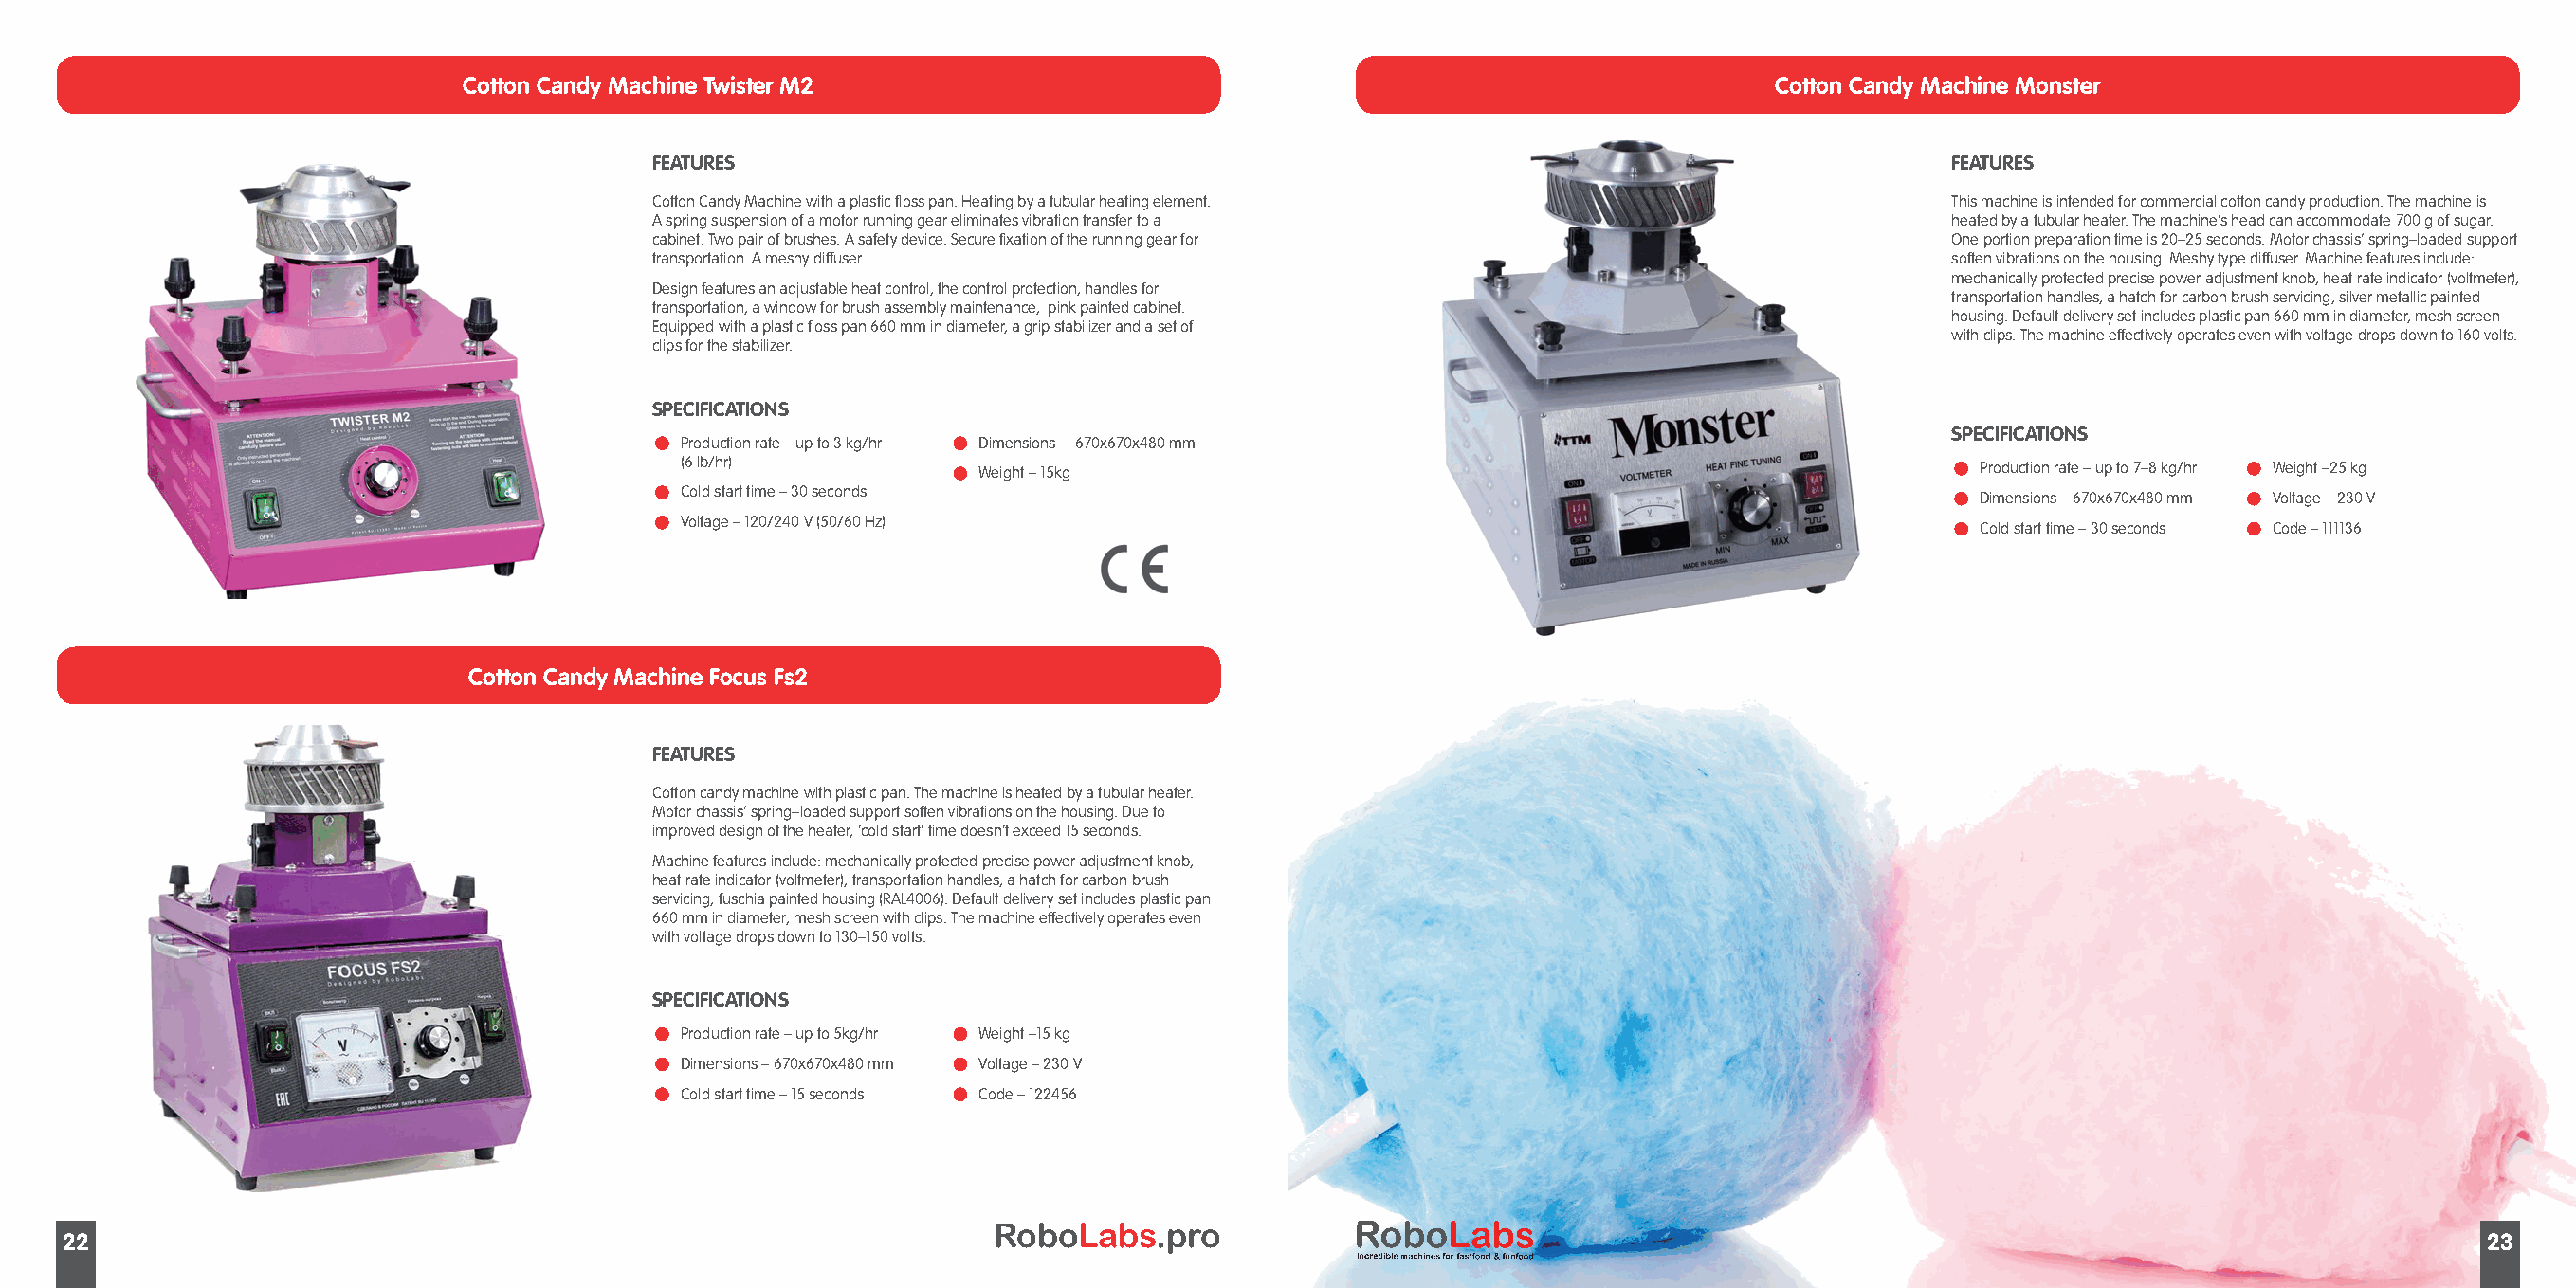
Cotton Candy Machine Twister M2                                                             Cotton Candy Machine Monster
 FEATURES                                                                                  FEATURES
 Cotton Candy Machine with a plastic floss pan. Heating by a tubular heating element.      This machine is intended for commercial cotton candy production. The machine is
 A spring suspension of a motor running gear eliminates vibration transfer to a            heated by a tubular heater. The machine’s head can accommodate 700 g of sugar.
 cabinet. Two pair of brushes. A safety device. Secure fixation of the running gear for    One portion preparation time is 20–25 seconds. Motor chassis’ spring–loaded support
 transportation. A meshy diffuser.                                                         soften vibrations on the housing. Meshy type diffuser. Machine features include:
 mechanically protected precise power adjustment knob, heat rate indicator (voltmeter),
 Design features an adjustable heat control, the control protection, handles for
 transportation handles, a hatch for carbon brush servicing, silver metallic painted
 transportation, a window for brush assembly maintenance, pink painted cabinet.
 housing. Default delivery set includes plastic pan 660 mm in diameter, mesh screen
 Equipped with a plastic floss pan 660 mm in diameter, a grip stabilizer and a set of
 with clips. The machine effectively operates even with voltage drops down to 160 volts.
 clips for the stabilizer.
 SPECIFICATIONS
 •                   •                                                                     SPECIFICATIONS
 Production rate – up to 3 kg/hr Dimensions – 670x670x480 mm
 (6 lb/hr)         • Weight – 15kg                                                       • Production rate – up to 7–8 kg/hr • Weight –25 kg
 •
 Cold start time – 30 seconds                                                            •                    •
 Dimensions – 670x670x480 mm Voltage – 230 V
 •
 Voltage – 120/240 V (50/60 Hz)                                                          •                    •
 Cold start time – 30 seconds Code – 111136
 Cotton Candy Machine Focus Fs2
 FEATURES
 Cotton candy machine with plastic pan. The machine is heated by a tubular heater.
 Motor chassis’ spring–loaded support soften vibrations on the housing. Due to
 improved design of the heater, ‘cold start’ time doesn’t exceed 15 seconds.
 Machine features include: mechanically protected precise power adjustment knob,
 heat rate indicator (voltmeter), transportation handles, a hatch for carbon brush
 servicing, fuschia painted housing (RAL4006). Default delivery set includes plastic pan
 660 mm in diameter, mesh screen with clips. The machine effectively operates even
 with voltage drops down to 130–150 volts.
 SPECIFICATIONS
 •                   •
 Production rate – up to 5kg/hr Weight –15 kg
 •                   •
 Dimensions – 670x670x480 mm Voltage – 230 V
 •                   •
 Cold start time – 15 seconds Code – 122456
 RoboLabs.pro
 22                                                                                                                                                                        23